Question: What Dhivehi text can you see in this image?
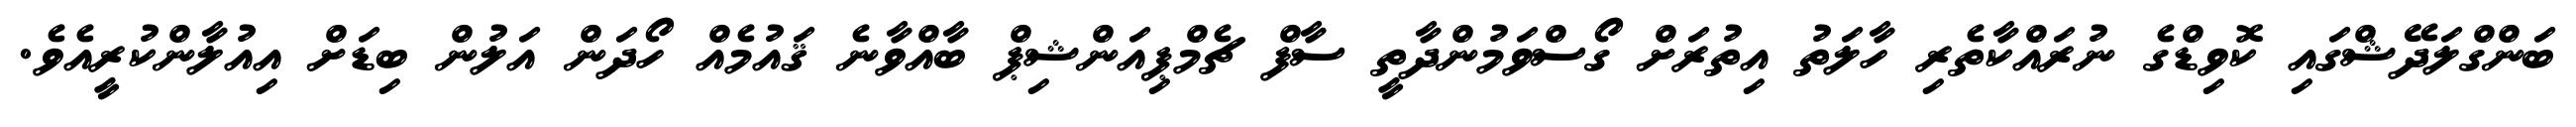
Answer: ބަންގްލަދޭޝްގައި ކޮވިޑްގެ ނުރައްކާތެރި ހާލަތު އިތުރަށް ގޯސްވަމުންދާތީ ސާފް ޗެމްޕިއަންޝިޕް ބާއްވާނެ ޤައުމެއް ހޯދަން އަލުން ބިޑަށް އިއުލާންކުރީއެވެ.